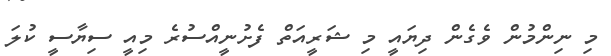
މި ނިންމުން ވެގެން ދިޔައީ މި ޝަރީއަތް ފެށުނީއްސުރެ މިއީ ސިޔާސީ ކުލަ